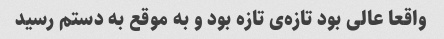
واقعا عالی بود تازه‌ی تازه بود و به موقع به دستم رسید